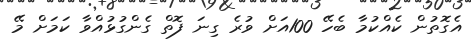
އެގޮތުން ކެއްކުމާ ބެހޭ 100އަށް ވުރެ ގިނަ ފޮތް ގެންގުޅުއްވާ ކަމަށް މޭ